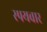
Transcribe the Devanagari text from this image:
स्पयवार